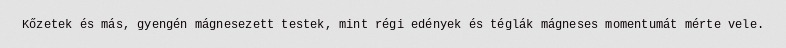
Kőzetek és más, gyengén mágnesezett testek, mint régi edények és téglák mágneses momentumát mérte vele.